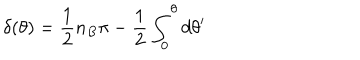
\delta ( \theta ) = \frac 1 2 n _ { B } \pi - \frac 1 2 \int _ { 0 } ^ { \theta } d \theta ^ { \prime }